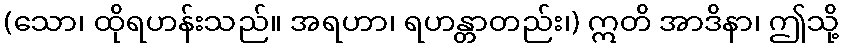
(သော၊ ထိုရဟန်းသည်။ အရဟာ၊ ရဟန္တာတည်း၊) ဣတိ အာဒိနာ၊ ဤသို့